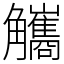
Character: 觿